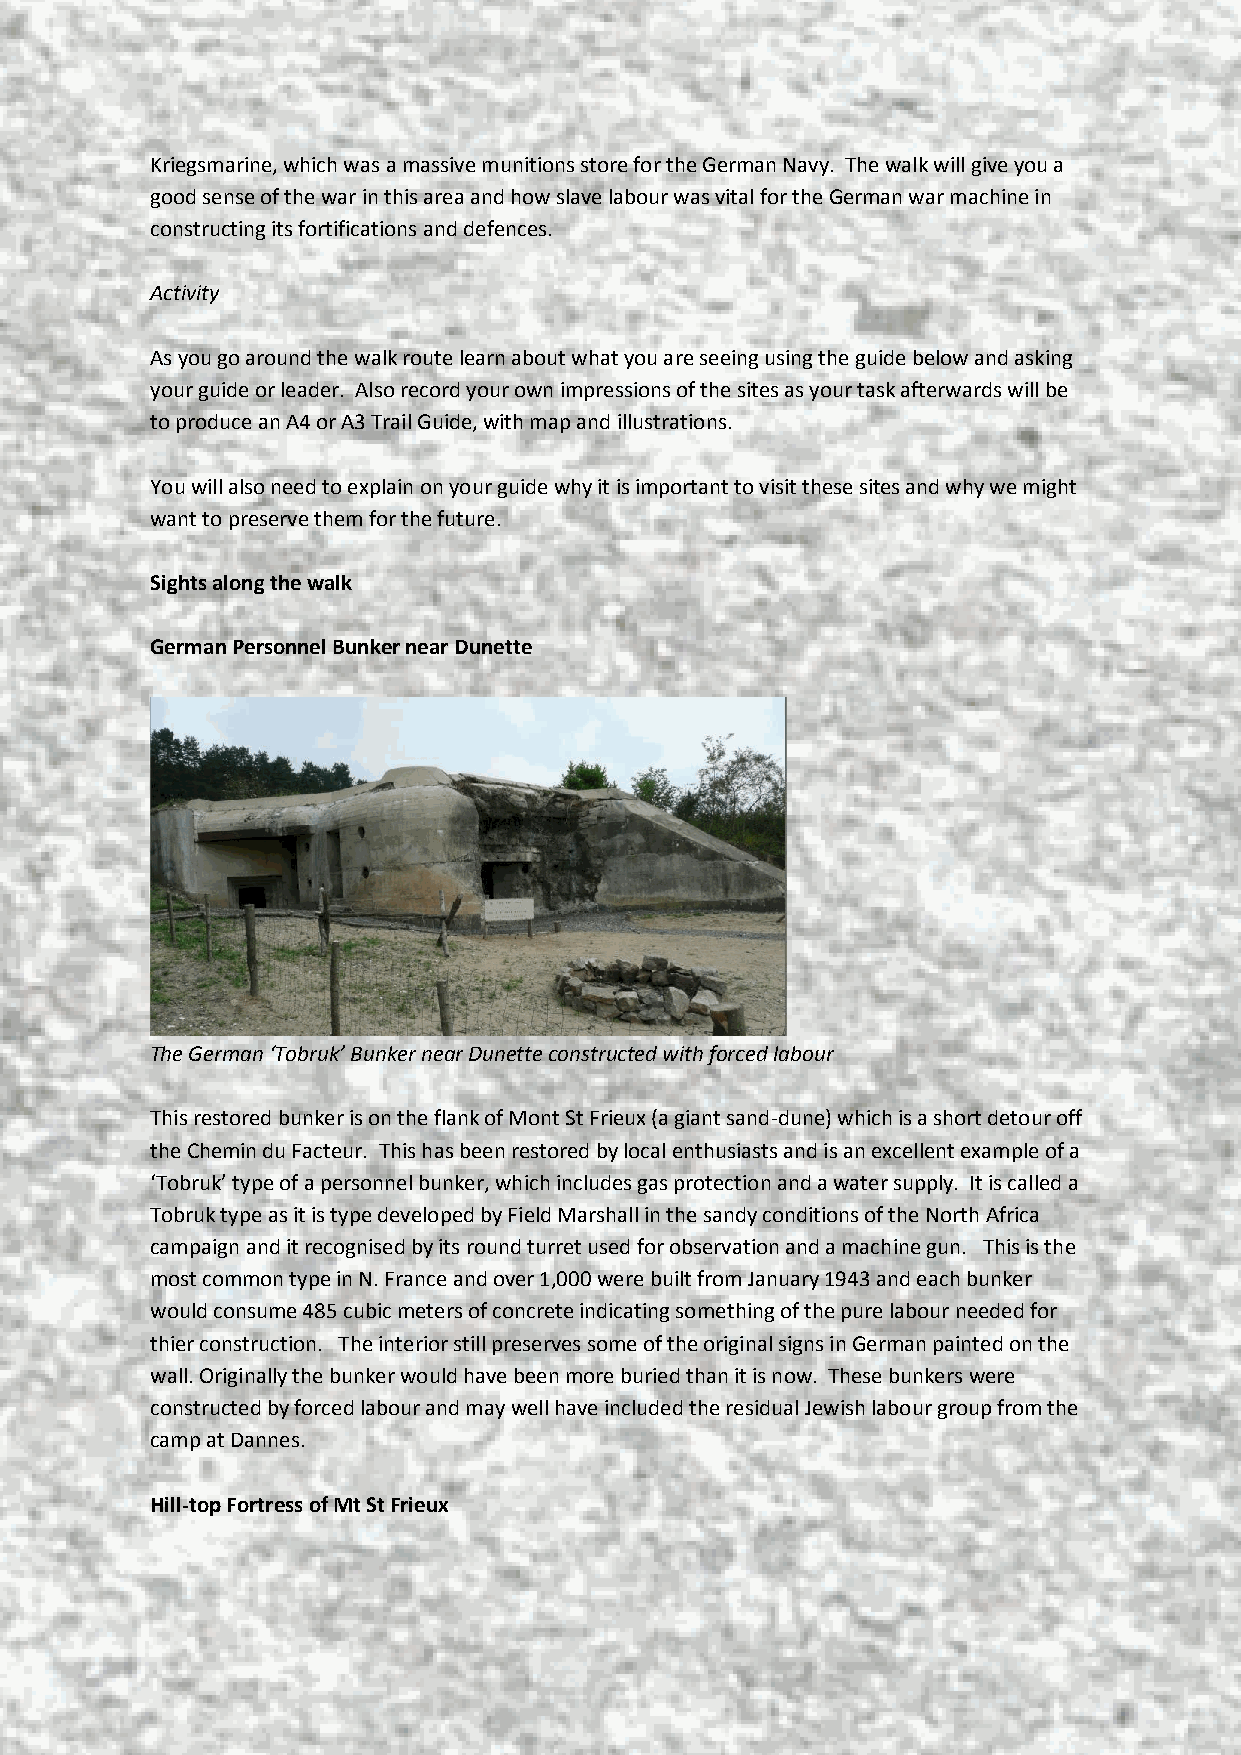
Kriegsmarine, which was a massive munitions store for the German Navy. The walk will give you a
 good sense of the war in this area and how slave labour was vital for the German war machine in
 constructing its fortifications and defences.
 Activity
 As you go around the walk route learn about what you are seeing using the guide below and asking
 your guide or leader. Also record your own impressions of the sites as your task afterwards will be
 to produce an A4 or A3 Trail Guide, with map and illustrations.
 You will also need to explain on your guide why it is important to visit these sites and why we might
 want to preserve them for the future.
 Sights along the walk
 German Personnel Bunker near Dunette
 The German ‘Tobruk’ Bunker near Dunette constructed with forced labour
 This restored bunker is on the flank of Mont St Frieux (a giant sand-dune) which is a short detour off
 the Chemin du Facteur. This has been restored by local enthusiasts and is an excellent example of a
 ‘Tobruk’ type of a personnel bunker, which includes gas protection and a water supply. It is called a
 Tobruk type as it is type developed by Field Marshall in the sandy conditions of the North Africa
 campaign and it recognised by its round turret used for observation and a machine gun. This is the
 most common type in N. France and over 1,000 were built from January 1943 and each bunker
 would consume 485 cubic meters of concrete indicating something of the pure labour needed for
 thier construction. The interior still preserves some of the original signs in German painted on the
 wall. Originally the bunker would have been more buried than it is now. These bunkers were
 constructed by forced labour and may well have included the residual Jewish labour group from the
 camp at Dannes.
 Hill-top Fortress of Mt St Frieux